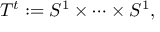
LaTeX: T ^ { t } : = S ^ { 1 } \times \cdots \times S ^ { 1 } ,